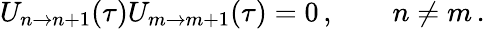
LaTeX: U_{n\to n+1}(\tau)U_{m\to m+1}(\tau)=0\, ,\qquad n\not=m\, .